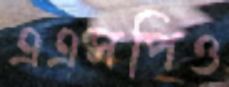
এএসপিও